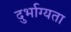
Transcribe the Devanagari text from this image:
दुर्भाग्यता